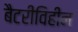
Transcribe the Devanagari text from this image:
बैटरीविहीन